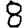
Digit: 8